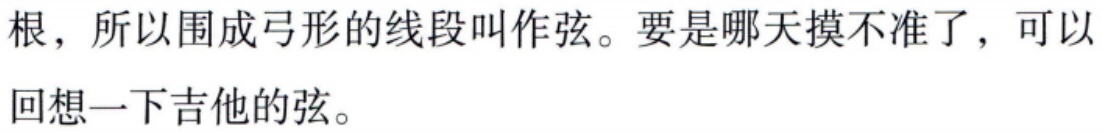
根，所以围成弓形的线段叫作弦。要是哪天摸不准了，可以

回想一下吉他的弦。